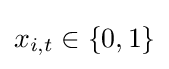
x_{i,t}\in \{0,1\}